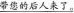
\underline{带您的后人来了。}